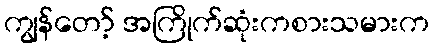
ကျွန်တော့် အကြိုက်ဆုံးကစားသမားက